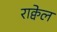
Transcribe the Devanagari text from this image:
राक्वेल